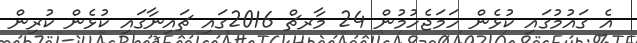
އެ ގައުމުގައި ކުޅެން ހަމަޖެހުމުން 24 މާރޗް 2016ގައި ޗައިނާގައި ކުޅެން ކުރިން